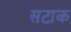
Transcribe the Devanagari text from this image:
सटाक